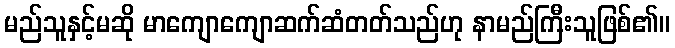
မည်သူနှင့်မဆို မာကျောကျောဆက်ဆံတတ်သည်ဟု နာမည်ကြီးသူဖြစ်၏။